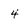
Character: 4